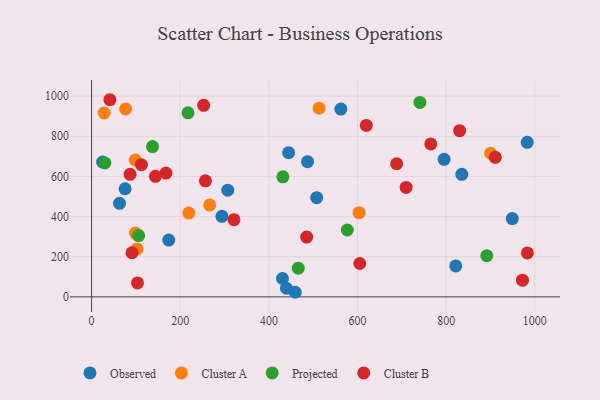
{"axis": {"x": "Study Hours", "y": "Exam Score"}, "legend": ["Cluster A", "Cluster B", "Observed", "Projected"], "data": [{"x": "174.1", "y": 283.1, "type": "Observed"}, {"x": "821.6", "y": 154.2, "type": "Observed"}, {"x": "982.9", "y": 769.9, "type": "Observed"}, {"x": "307.2", "y": 531.7, "type": "Observed"}, {"x": "444.5", "y": 718.3, "type": "Observed"}, {"x": "487.2", "y": 673.7, "type": "Observed"}, {"x": "24.9", "y": 672.0, "type": "Observed"}, {"x": "835.3", "y": 610.6, "type": "Observed"}, {"x": "459.5", "y": 22.8, "type": "Observed"}, {"x": "949.1", "y": 389.8, "type": "Observed"}, {"x": "63.0", "y": 466.2, "type": "Observed"}, {"x": "562.4", "y": 935.4, "type": "Observed"}, {"x": "75.6", "y": 538.5, "type": "Observed"}, {"x": "439.6", "y": 42.9, "type": "Observed"}, {"x": "507.9", "y": 494.2, "type": "Observed"}, {"x": "795.3", "y": 685.2, "type": "Observed"}, {"x": "430.7", "y": 91.5, "type": "Observed"}, {"x": "294.1", "y": 401.0, "type": "Observed"}, {"x": "219.4", "y": 417.3, "type": "Cluster A"}, {"x": "76.8", "y": 936.3, "type": "Cluster A"}, {"x": "99.1", "y": 317.9, "type": "Cluster A"}, {"x": "513.3", "y": 940.1, "type": "Cluster A"}, {"x": "98.5", "y": 681.8, "type": "Cluster A"}, {"x": "266.5", "y": 458.0, "type": "Cluster A"}, {"x": "900.1", "y": 715.4, "type": "Cluster A"}, {"x": "102.7", "y": 238.8, "type": "Cluster A"}, {"x": "28.4", "y": 916.1, "type": "Cluster A"}, {"x": "603.4", "y": 419.2, "type": "Cluster A"}, {"x": "137.5", "y": 748.8, "type": "Projected"}, {"x": "740.7", "y": 968.9, "type": "Projected"}, {"x": "106.2", "y": 305.2, "type": "Projected"}, {"x": "217.6", "y": 917.1, "type": "Projected"}, {"x": "891.7", "y": 205.1, "type": "Projected"}, {"x": "431.6", "y": 597.9, "type": "Projected"}, {"x": "466.3", "y": 143.1, "type": "Projected"}, {"x": "576.9", "y": 333.1, "type": "Projected"}, {"x": "29.9", "y": 667.2, "type": "Projected"}, {"x": "321.2", "y": 384.4, "type": "Cluster B"}, {"x": "972.2", "y": 83.1, "type": "Cluster B"}, {"x": "256.8", "y": 578.3, "type": "Cluster B"}, {"x": "41.3", "y": 982.2, "type": "Cluster B"}, {"x": "619.8", "y": 854.3, "type": "Cluster B"}, {"x": "605.1", "y": 166.1, "type": "Cluster B"}, {"x": "830.3", "y": 828.2, "type": "Cluster B"}, {"x": "112.4", "y": 658.8, "type": "Cluster B"}, {"x": "252.8", "y": 954.5, "type": "Cluster B"}, {"x": "167.9", "y": 616.6, "type": "Cluster B"}, {"x": "144.1", "y": 600.5, "type": "Cluster B"}, {"x": "91.2", "y": 219.8, "type": "Cluster B"}, {"x": "103.6", "y": 69.6, "type": "Cluster B"}, {"x": "688.3", "y": 663.1, "type": "Cluster B"}, {"x": "86.8", "y": 610.6, "type": "Cluster B"}, {"x": "709.6", "y": 545.2, "type": "Cluster B"}, {"x": "765.3", "y": 761.9, "type": "Cluster B"}, {"x": "983.2", "y": 218.9, "type": "Cluster B"}, {"x": "910.8", "y": 695.0, "type": "Cluster B"}, {"x": "485.3", "y": 297.6, "type": "Cluster B"}]}